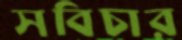
সবিচার